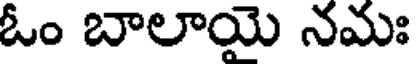
ఓం బాలాయై నమః